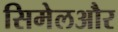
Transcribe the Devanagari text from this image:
सिमेलऔर